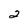
Character: 2